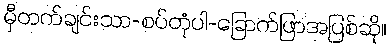
မှီတက်ချင်းသာ-စပ်တုံပါ-ခြောက်ဖြာအပြစ်ဆို။